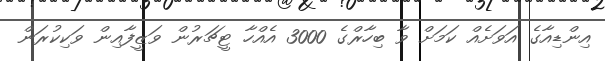
އިންޑިއާގެ އަވަށެއް ކަމަށް ވާ ބިހާރްގެ 3000 އެއްހާ ޓީޗަރުން ވަޒީފާއިން ވަކިކުރަން